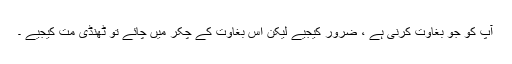
آپ کو جو بغاوت کرنی ہے ، ضرور کیجیے لیکن اس بغاوت کے چکر میں چائے تو ٹھنڈی مت کیجیے ۔